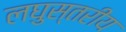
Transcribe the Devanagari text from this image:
लघुस्तरीय